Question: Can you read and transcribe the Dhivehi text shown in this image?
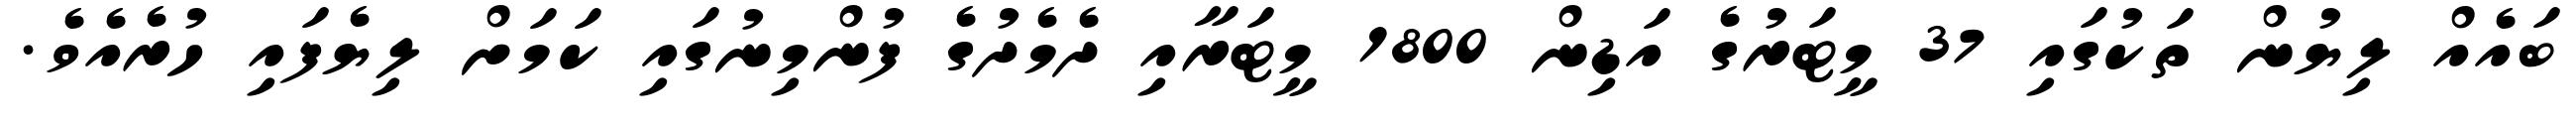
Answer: ބައެއް ލިޔުން ތަކުގައި 37 މީޓަރުގެ އަޑިން 1800 މީޓަރާއި ދެމެދުގެ ފުންމިނުގައި ކަމަށް ލިޔެފައި ހުރެއެވެ.